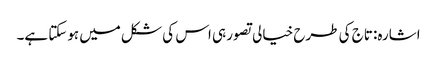
اشارہ: تاج کی طرح خیالی تصور ہی اس کی شکل میں ہوسکتا ہے۔